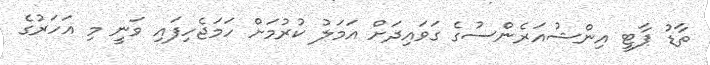
ތާޑު ޕާޓީ އިންޝުއަރެންސުގެ ގަވައިދަށް އަމަލު ކުރުމަށް ހަމަޖެހިފައި ވަނީ މި އަހަރުގެ